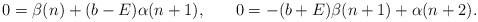
LaTeX: \begin{align*}0 &= \beta(n) + (b - E) \alpha(n+1), &0 &= - (b + E) \beta(n+1) + \alpha(n+2).\end{align*}